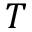
T